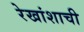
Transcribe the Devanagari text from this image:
रेखांशाची